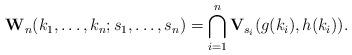
LaTeX: \begin{align*} \mathbf W_n(k_1,\ldots,k_n;s_1,\ldots,s_n) = \bigcap_{i=1}^n \mathbf V_{s_i}(g(k_i),h(k_i)). \end{align*}